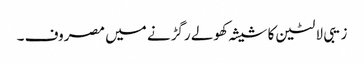
زیبی لالٹین کا شیشہ کھولے رگڑنے میں مصروف ۔